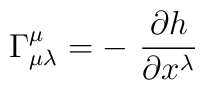
\Gamma^{\mu}_{\mu \lambda}=-\ \frac{\partial h}{\partial x^{\lambda}}